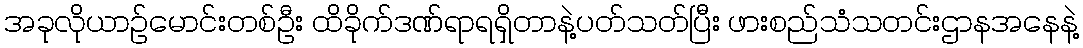
အခုလိုယာဥ်မောင်းတစ်ဦး ထိခိုက်ဒဏ်ရာရရှိတာနဲ့ပတ်သတ်ပြီး ဖားစည်သံသတင်းဌာနအနေနဲ့